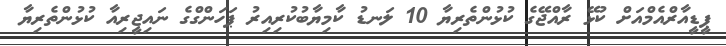
ޕީޑީއާރްއެމްއަށް ކުޅޭ ރާއްޖޭގެ ކުޅުންތެރިޔާ 10 ލަނޑު ކާމިޔާބުކުރިއިރު ޕަހަންގްގެ ނައިޖީރިއާ ކުޅުންތެރިިޔާ